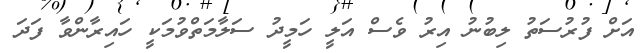
އަށް ފުރުސަތު ލިބުނު އިރު ވެސް އަލީ ހަމީދު ސަލާމަތްވުމަކީ ހައިރާންވާ ފަދަ